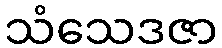
သံသေဒဇာ